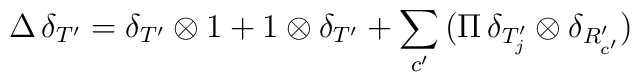
\Delta \, \delta_{T'} = \delta_{T'} \otimes 1 + 1 \otimes \delta_{T'} + \sum_{c'} \, (\Pi \, \delta_{T'_j} \otimes \delta_{R'_{c'}})